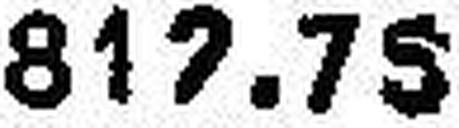
612.78